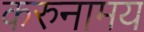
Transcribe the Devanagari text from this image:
करुनामय